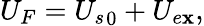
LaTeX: U_{F}={U_{s}}_{0}+U_{e\mathbf{x}},